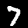
Label: 7